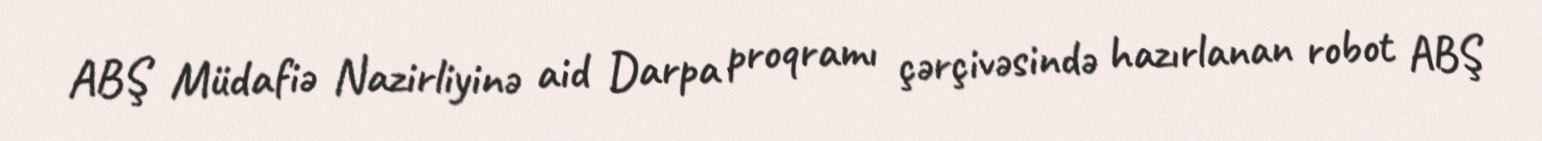
ABŞ Müdafiə Nazirliyinə aid Darpa proqramı çərçivəsində hazırlanan robot ABŞ